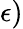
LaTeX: \epsilon)